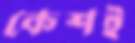
কেশই